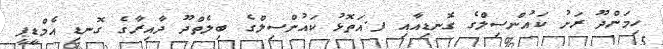
ހިމަންދޫ ރަށު ކައުންސިލްގެ ގޮނޑިއާއި ފ.އަތޮޅު ކައުންސިލްގެ ބިލެތްދޫ ދާއިރާގެ ގޮނޑި އެމްޑީޕީ